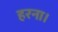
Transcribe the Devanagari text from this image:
हरना।